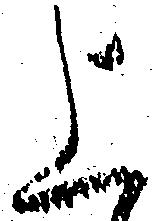
上